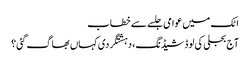
اٹک میں عوامی جلسے سے خطاب
آج بجلی کی لوڈشیڈنگ، دہشتگردی کہاں بھاگ گئی؟